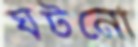
ঘটনো